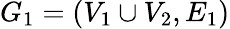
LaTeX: G_{1}=(V_{1}\cup V_{2},E_{1})